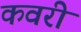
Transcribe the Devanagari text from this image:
कवरी